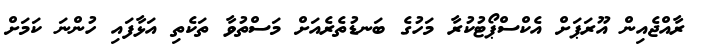
ރާއްޖެއިން އޫރަޕަށް އެކްސްޕޯޓުކުރާ މަހުގެ ބަނޑުތެރެއަށް މަސްތުވާ ތަކެތި އަޅާފައި ހުންނަ ކަމަށް